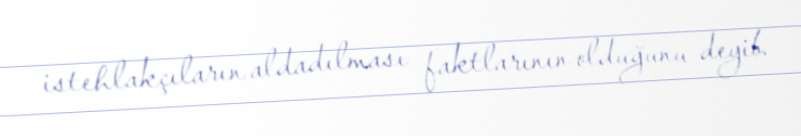
istehlakçıların aldadılması faktlarının olduğunu deyib.